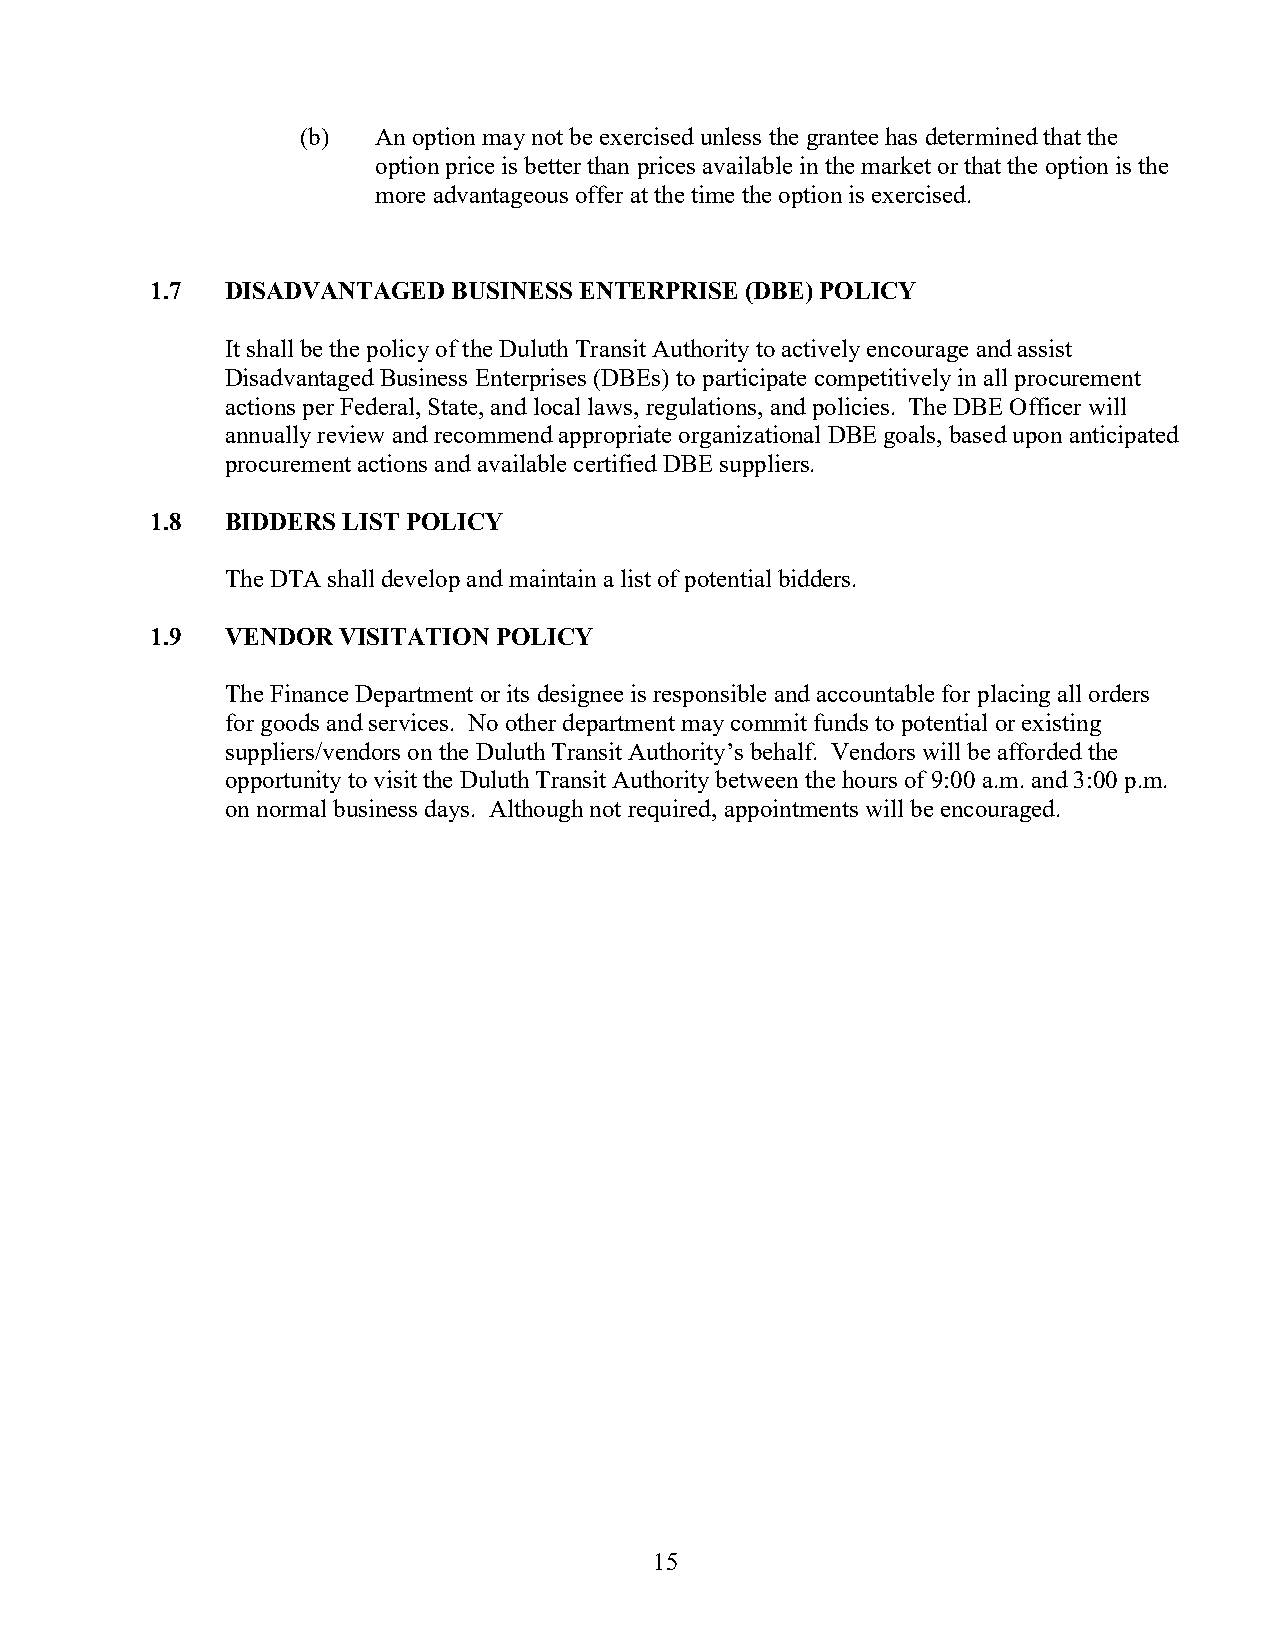
(b)  An option may not be exercised unless the grantee has determined that the
 option price is better than prices available in the market or that the option is the
 more advantageous offer at the time the option is exercised.
 1.7  DISADVANTAGED  BUSINESS ENTERPRISE (DBE) POLICY
 It shall be the policy of the Duluth Transit Authority to actively encourage and assist
 Disadvantaged Business Enterprises (DBEs) to participate competitively in all procurement
 actions per Federal, State, and local laws, regulations, and policies. The DBE Officer will
 annually review and recommend appropriate organizational DBE goals, based upon anticipated
 procurement actions and available certified DBE suppliers.
 1.8  BIDDERS LIST POLICY
 The DTA shall develop and maintain a list of potential bidders.
 1.9  VENDOR VISITATION POLICY
 The Finance Department or its designee is responsible and accountable for placing all orders
 for goods and services. No other department may commit funds to potential or existing
 suppliers/vendors on the Duluth Transit Authority’s behalf. Vendors will be afforded the
 opportunity to visit the Duluth Transit Authority between the hours of 9:00 a.m. and 3:00 p.m.
 on normal business days. Although not required, appointments will be encouraged.
 15